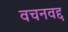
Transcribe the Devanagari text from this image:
वचनवद्द